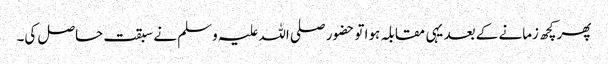
پھر کچھ زمانے کے بعد یہی مقابلہ ہوا تو حضور صلی اللہ علیہ وسلم نے سبقت حاصل کی۔